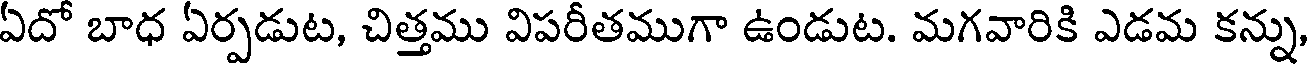
ఏదో బాధ ఏర్పడుట, చిత్తము విపరీతముగా ఉండుట. మగవారికి ఎడమ కన్ను